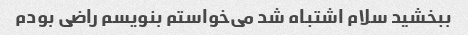
ببخشید سلام اشتباه شد می‌خواستم بنویسم راضی بودم